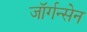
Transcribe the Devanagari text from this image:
जॉर्गन्सेन